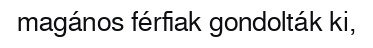
magános férfiak gondolták ki,